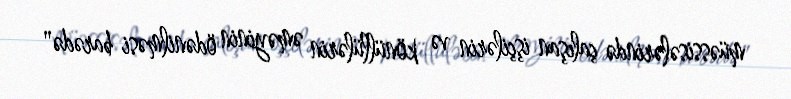
müəssisələrində çalışan işçilərin və könüllülərin əməyinin ödənilməsi barədə"